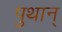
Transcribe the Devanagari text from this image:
पुथान्